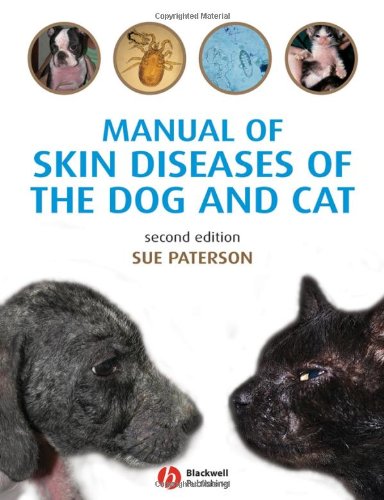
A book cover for Manual of Skin Diseases of the Dog and Cat; Sue Paterson; Medical Books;